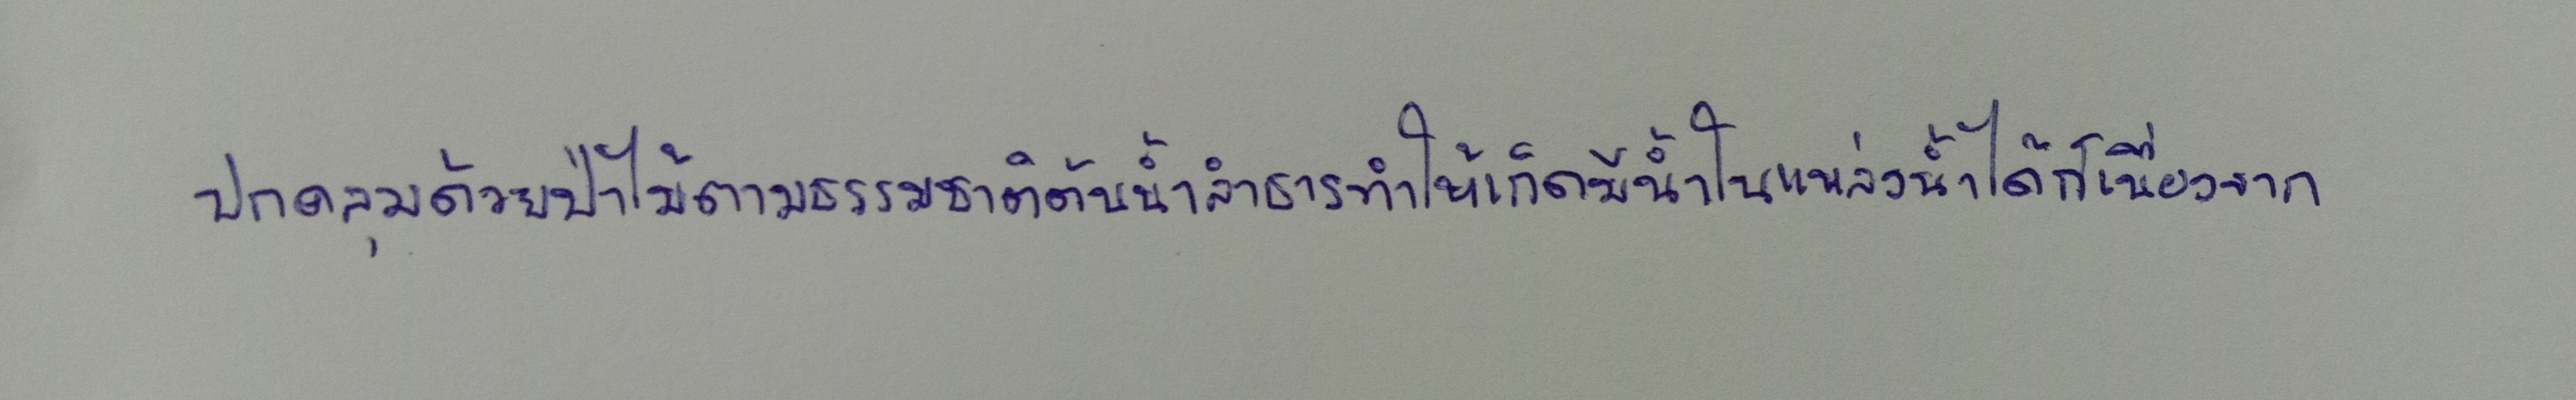
ปกคลุมด้วยป่าไม้ตามธรรมชาติต้นน้ำลำธารทำให้เกิดมีน้ำในแหล่งน้ำได้ก็เนื่องจาก